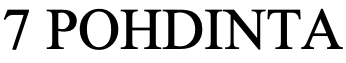
7 POHDINTA